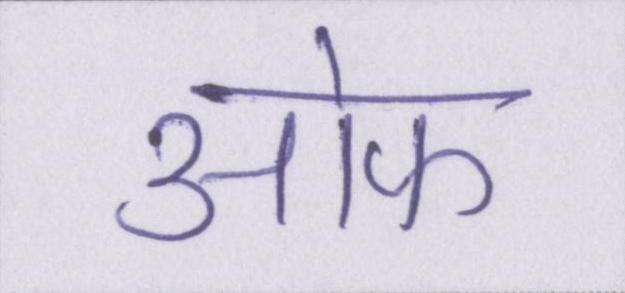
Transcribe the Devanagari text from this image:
आ॓फ